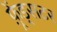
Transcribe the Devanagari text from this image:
फ़्रेंड्सटर